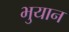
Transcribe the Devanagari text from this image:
भुयान